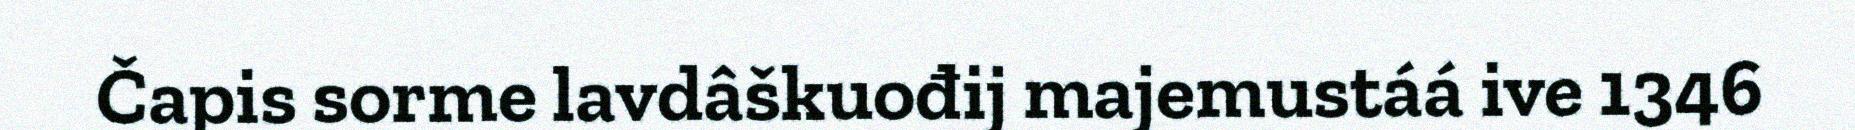
Čapis sorme lavdâškuođij majemustáá ive 1346